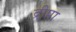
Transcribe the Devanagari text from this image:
द्रीप्ता